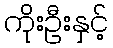
ကိုးဦးနှင့်